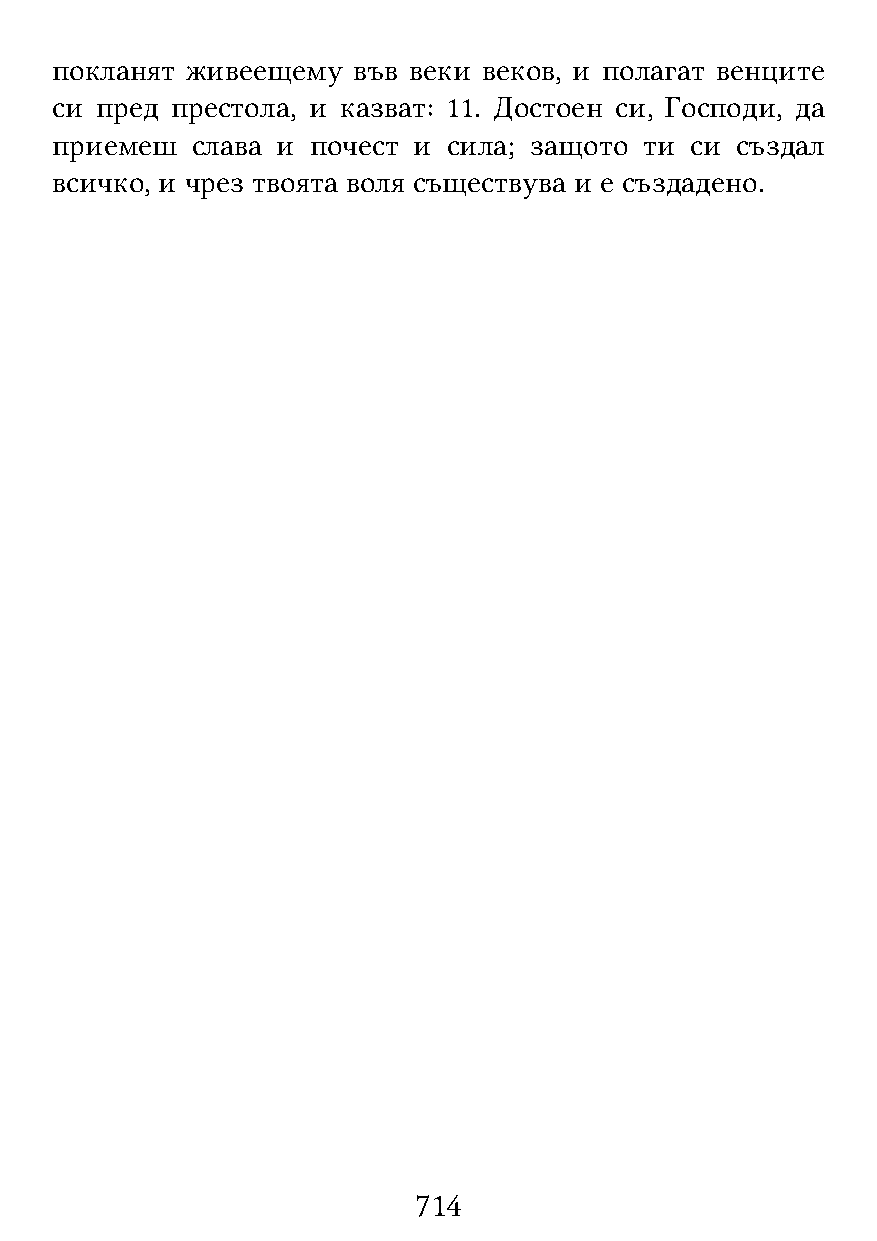
покланят живеещему  във веки веков, и полагат венците
 си пред престола, и казват: 11. Достоен си, Господи, да
 приемеш   слава и почест и сила; защото ти си създал
 всичко, и чрез твоята воля съществува и е създадено.
 714